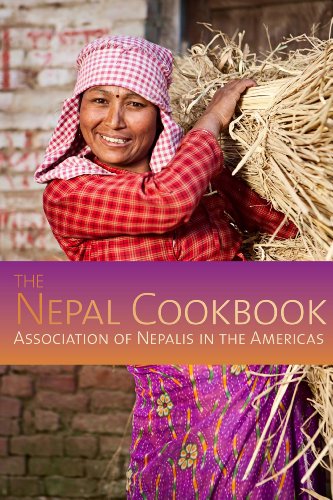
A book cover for The Nepal Cookbook; Association Of Nepalis In The Americas; Cookbooks, Food & Wine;